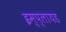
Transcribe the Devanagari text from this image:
इम्प्लायड